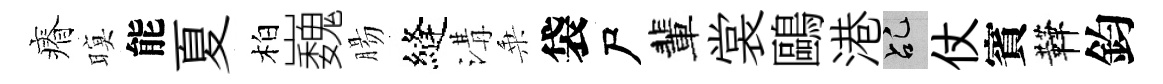
瘠暝能夏柏巍腸縫溝乗袋尸輩裳鷗港乩仗賓鞾鈞